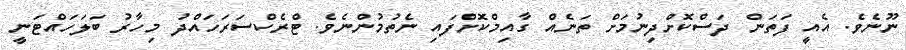
ނޫނެވެ. އެއީ ފަތަން ދަސްކޮށްދިނުމަށް ތަނެއް ގާއިމްކޮށްފައި ނެތުމުންނެވެ. ޓްރެކްސަރަހައްދު މިހާރު ބަލަހައްޓަނީ